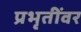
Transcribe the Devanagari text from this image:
प्रभृतींवर